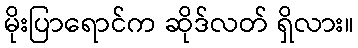
မိုးပြာရောင်က ဆိုဒ်လတ် ရှိလား။